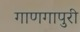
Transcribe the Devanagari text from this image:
गाणगापुरी